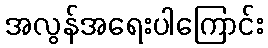
အလွန်အရေးပါကြောင်း